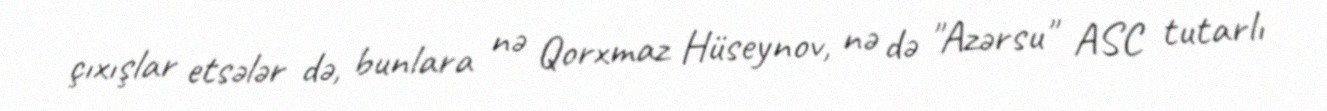
çıxışlar etsələr də, bunlara nə Qorxmaz Hüseynov, nə də "Azərsu" ASC tutarlı